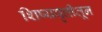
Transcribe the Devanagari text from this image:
शिष्यवृत्तीतून